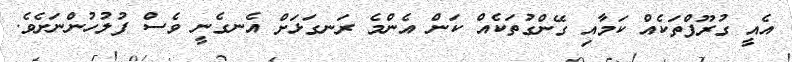
އެއީ ގުރޫޕްތަކެއް ކަމާއި ގޭންގުތަކެއް ކަން އެންމެ ރަނގަޅަށް އެނގެނީ ވެސް ފުލުހުންނަށެވެ.